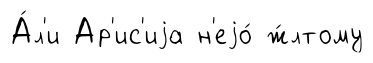
А́л'и Ар'ис'иjа н'еjо́ ж́лтому